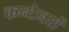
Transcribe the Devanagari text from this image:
कन्टेनरों